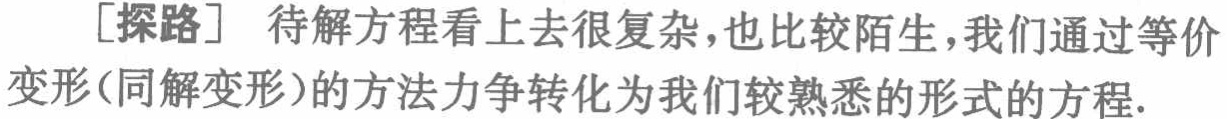
[探路] 待解方程看上去很复杂，也比较陌生，我们通过等价变形(同解变形)的方法力争转化为我们较熟悉的形式的方程.